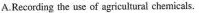
A.Recording the use of agricultural chemicals.